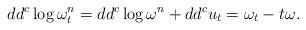
LaTeX: \begin{align*} dd^c \log \omega_t^n = dd^c \log \omega^n + dd^c u_t = \omega_t - t \omega.\end{align*}